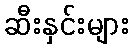
ဆီးနှင်းများ